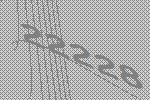
22228